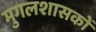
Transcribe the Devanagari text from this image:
मुगलशासकों